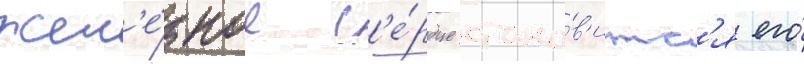
Жел'е́зное с'е́рдце стано́в'итс'я его́